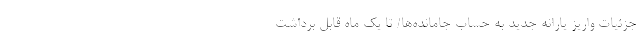
جزئیات واریز یارانه جدید به حساب جامانده‌ها/ تا یک ماه قابل برداشت